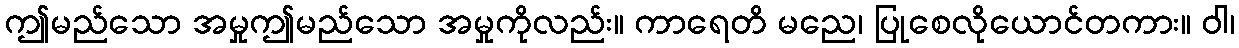
ဤမည်သော အမှုဤမည်သော အမှုကိုလည်း။ ကာရေတိ မညေ၊ ပြုစေလိုယောင်တကား။ ဝါ၊